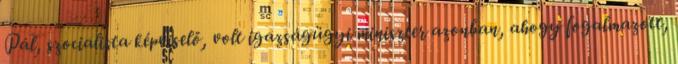
Pál, szocialista képviselő, volt igazságügyi miniszter azonban, ahogy fogalmazott,